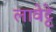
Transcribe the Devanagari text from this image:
लावेट्टे